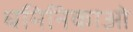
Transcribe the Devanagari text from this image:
धमिनिकाओ